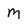
Character: M